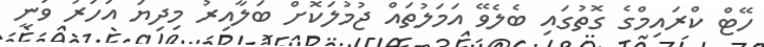
ހޭޓް ކްރައިމްގެ ގޮތުގައި ބެލެވޭ އަމަލުތައް ޖުމުލަކޮށް ބަލާއިރު މިދިޔަ އަހަރު ވަނީ